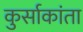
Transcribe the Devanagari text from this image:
कुर्साकांता